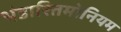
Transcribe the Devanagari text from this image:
भंडारितमोनियम